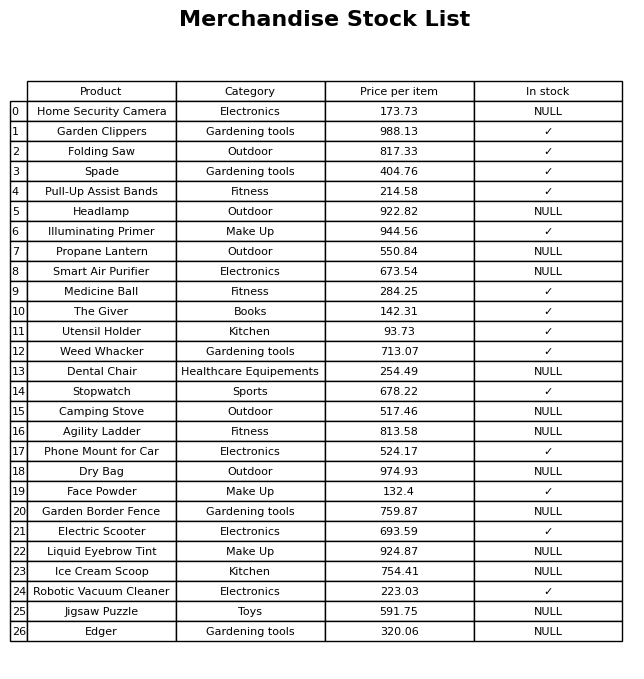
question: What is the price of the Agility Ladder?
answer: The price of Agility Ladder is 813.58.